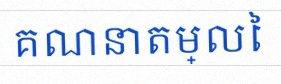
គណនាតម្លៃ